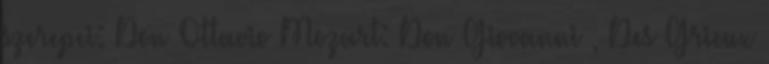
szerepei: Don Ottavio Mozart: Don Giovanni , Des Grieux